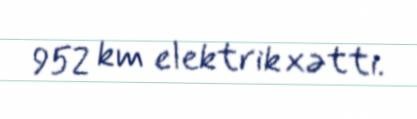
952 km elektrik xətti.